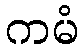
ကမံ